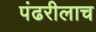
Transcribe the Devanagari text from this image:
पंढरीलाच